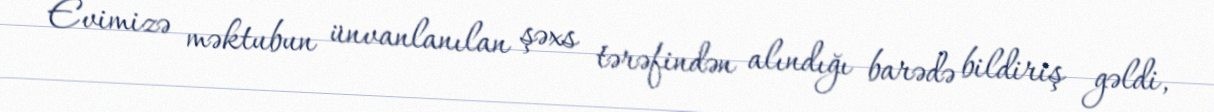
Evimizə məktubun ünvanlanılan şəxs tərəfindən alındığı barədə bildiriş gəldi,